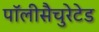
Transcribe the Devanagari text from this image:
पॉलीसैचुरेटेड